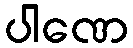
ပါဏေ